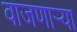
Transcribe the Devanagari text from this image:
वाजणार्‍या